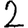
Digit: 2